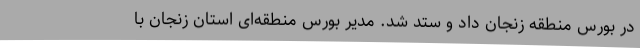
در بورس منطقه زنجان داد و ستد شد. مدیر بورس منطقه‌ای استان زنجان با